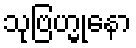
သုဗြဟ္မုနော